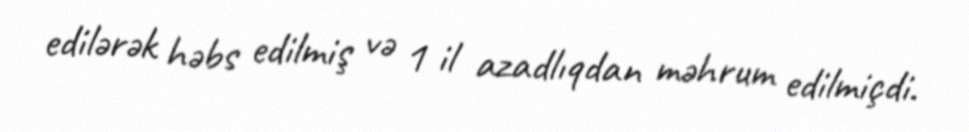
edilərək həbs edilmiş və 1 il azadlıqdan məhrum edilmiçdi.